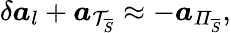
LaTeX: \delta\boldsymbol{a}_{l}+\boldsymbol{a}_{\mathcal{T}_{\overline{{S}}}}\approx-\boldsymbol{a}_{\mathit{\Pi}_{\overline{{S}}}},